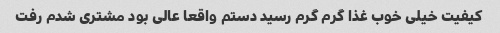
کیفیت خیلی خوب غذا گرم گرم رسید دستم واقعا عالی بود مشتری شدم رفت